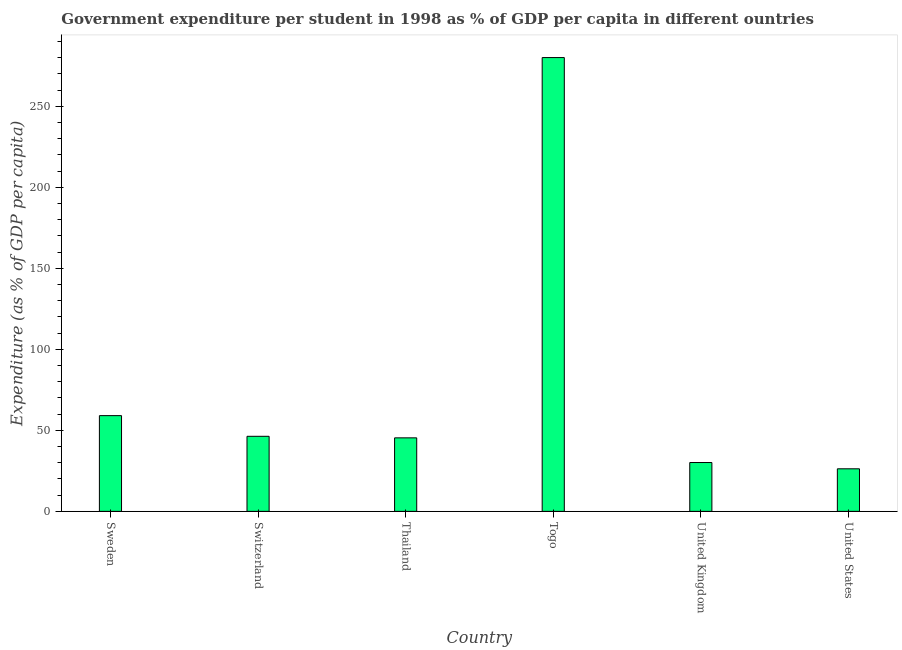
| Country | Government expenditure per tertiary student |
 | --- | --- |
 | Sweden | 59.1 |
 | Switzerland | 46.3 |
 | Thailand | 45.4 |
 | Togo | 280 |
 | United Kingdom | 30.1 |
 | United States | 26.3 |